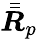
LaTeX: \bar{\bar{\boldsymbol{R}}}_{p}